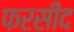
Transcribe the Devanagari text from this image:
फरसीद